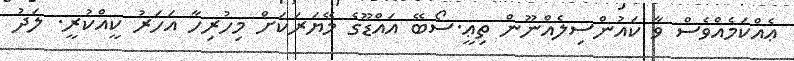
ޢެއްކަމެއްވެސް ވާ ކައުންސިލެއްނޫން ތިޢީ.ސޯބޭ އައްޑޫގެ މޭޔަރަކަށް މިހުރިހާ އަހަރު ކީއްކުރީ. ލަދު